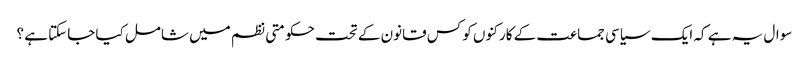
سوال یہ ہے کہ ایک سیاسی جماعت کے کارکنوں کو کس قانون کے تحت حکومتی نظم میں شامل کیا جاسکتا ہے ؟